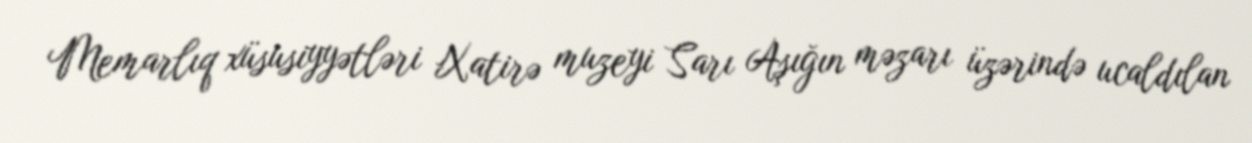
Memarlıq xüsusiyyətləri Xatirə muzeyi Sarı Aşığın məzarı üzərində ucaldılan